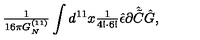
{ \textstyle \frac { 1 } { 1 6 \pi G _ { N } ^ { ( 1 1 ) } } } \int d ^ { 1 1 } x { \textstyle \frac { 1 } { 4 ! \cdot 6 ! } } \hat { \epsilon } \partial \hat { \tilde { C } } \hat { G } ,